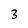
Character: 3